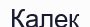
Калек